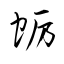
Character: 蛎